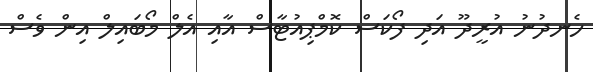
ހެނދުނު އުރީދޫ އަދި ފޯކަސް ކޮމްޕިއުޓާސް އާއި އެލް މޯބަައިލް އިން ވެސް